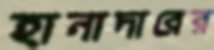
হানাদারের